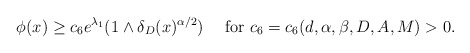
\begin{align*}\phi(x)\ge c_{6}e^{\lambda_{1}}(1\wedge \delta_{D}(x)^{\alpha/2})\quad\mbox{ for } c_{6}=c_{6}(d,\alpha,\beta,D,A,M)>0.\end{align*}